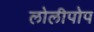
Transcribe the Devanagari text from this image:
लोलीपोप